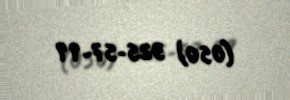
(050) 325-57-99